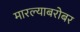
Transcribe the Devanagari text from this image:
मारल्याबरोबर